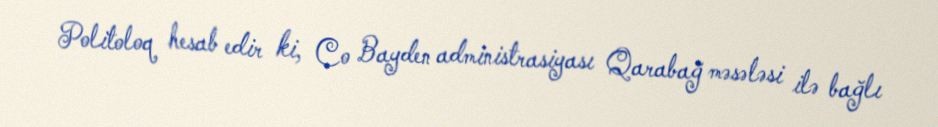
Politoloq hesab edir ki, Co Bayden administrasiyası Qarabağ məsələsi ilə bağlı